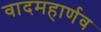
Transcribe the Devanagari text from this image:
वादमहार्णव